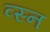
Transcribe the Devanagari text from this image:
व्स्न